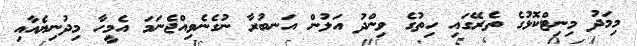
މިމަދު މިނިޓްކޮޅުގެ ތެރޭގައި ހިތުގެ ވިންދު އަލުން އަނބުރާ ނުގެނެވިއްޖެނަމަ އެމީހާ މިދުނިޔެއާއި